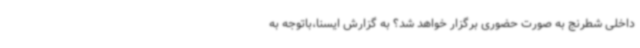
داخلی شطرنج به صورت حضوری برگزار خواهد شد؟ به گزارش ایسنا،باتوجه به